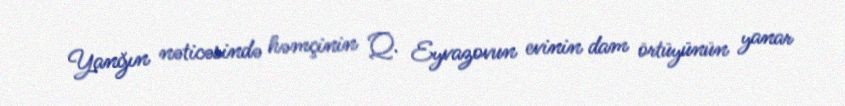
Yanğın nəticəsində həmçinin Q. Eyvazovun evinin dam örtüyünün yanar